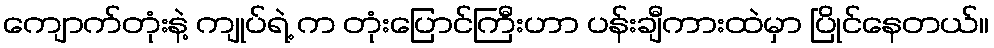
ကျောက်တုံးနဲ့ ကျုပ်ရဲ့ က တုံးပြောင်ကြီးဟာ ပန်းချီကားထဲမှာ ပြိုင်နေတယ်။